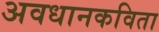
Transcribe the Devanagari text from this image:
अवधानकविता